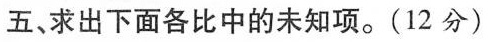
五、求出下面各比中的未知项。(12分)